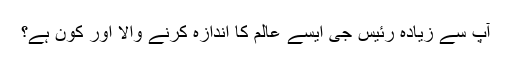
آپ سے زیادہ رئیس جی ایسے عالم کا اندازہ کرنے والا اور کون ہے؟